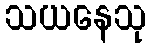
သယနေသု